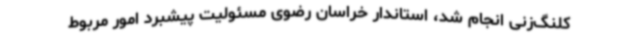
کلنگ‌زنی انجام شد، استاندار خراسان رضوی مسئولیت پیشبرد امور مربوط